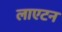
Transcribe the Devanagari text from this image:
लाएटन